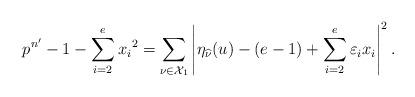
LaTeX: \begin{align*}p^{n'}-1-\sum_{i=2}^e{x_i}^2=\sum_{\nu\in\mathcal X_1}\left|\eta_{\widehat\nu}(u)-(e-1)+\sum_{i=2}^e\varepsilon_ix_i\right|^2. \end{align*}